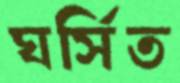
ঘর্সিত